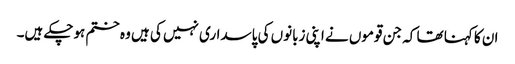
ان کا کہنا تھا کہ جن قوموں نے اپنی زبانوں کی پاسداری نہیں کی ہیں وہ ختم ہوچکے ہیں۔